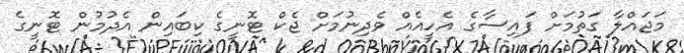
މަޖައްލާ ގަތުމަށް ފައިސާގެ އެހީއެއް ވެދިނުމަށް ޖެކް ޓޮނީގެ ކިބައިން އެދުމުން ޓޮނީގެ